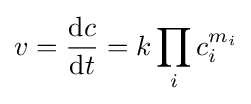
v={\frac {\mathrm {d} c}{\mathrm {d} t}}=k\prod _{i}c_{i}^{m_{i}}